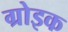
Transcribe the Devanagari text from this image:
ग्रोइक